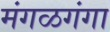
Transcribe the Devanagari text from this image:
मंगळगंगा